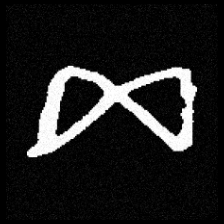
Pyu character \u2014 Myanmar letter: ဆ (romanized: cha)